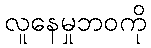
လူနေမှုဘဝကို